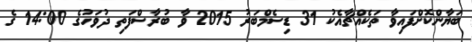
ބަޔާންކޮށްފައިވާ ތަކެއްޗާއެކު 31 ޑިސެމްބަރު 2015 ވާ ބުރާސްފަތި ދުވަހުގެ 14:00 ގެ